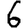
Digit: 6